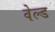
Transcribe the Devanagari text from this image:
वेल्‍ड